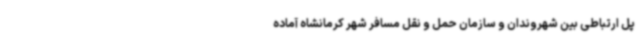
پل ارتباطی بین شهروندان و سازمان حمل و نقل مسافر شهر کرمانشاه آماده